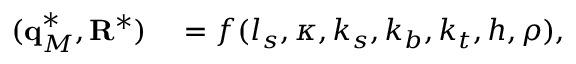
\begin{array} { r l } { ( \mathbf q _ { M } ^ { * } , \mathbf R ^ { * } ) } & { { } = f ( l _ { s } , \kappa , k _ { s } , k _ { b } , k _ { t } , h , \rho ) , } \end{array}